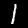
Digit: 1